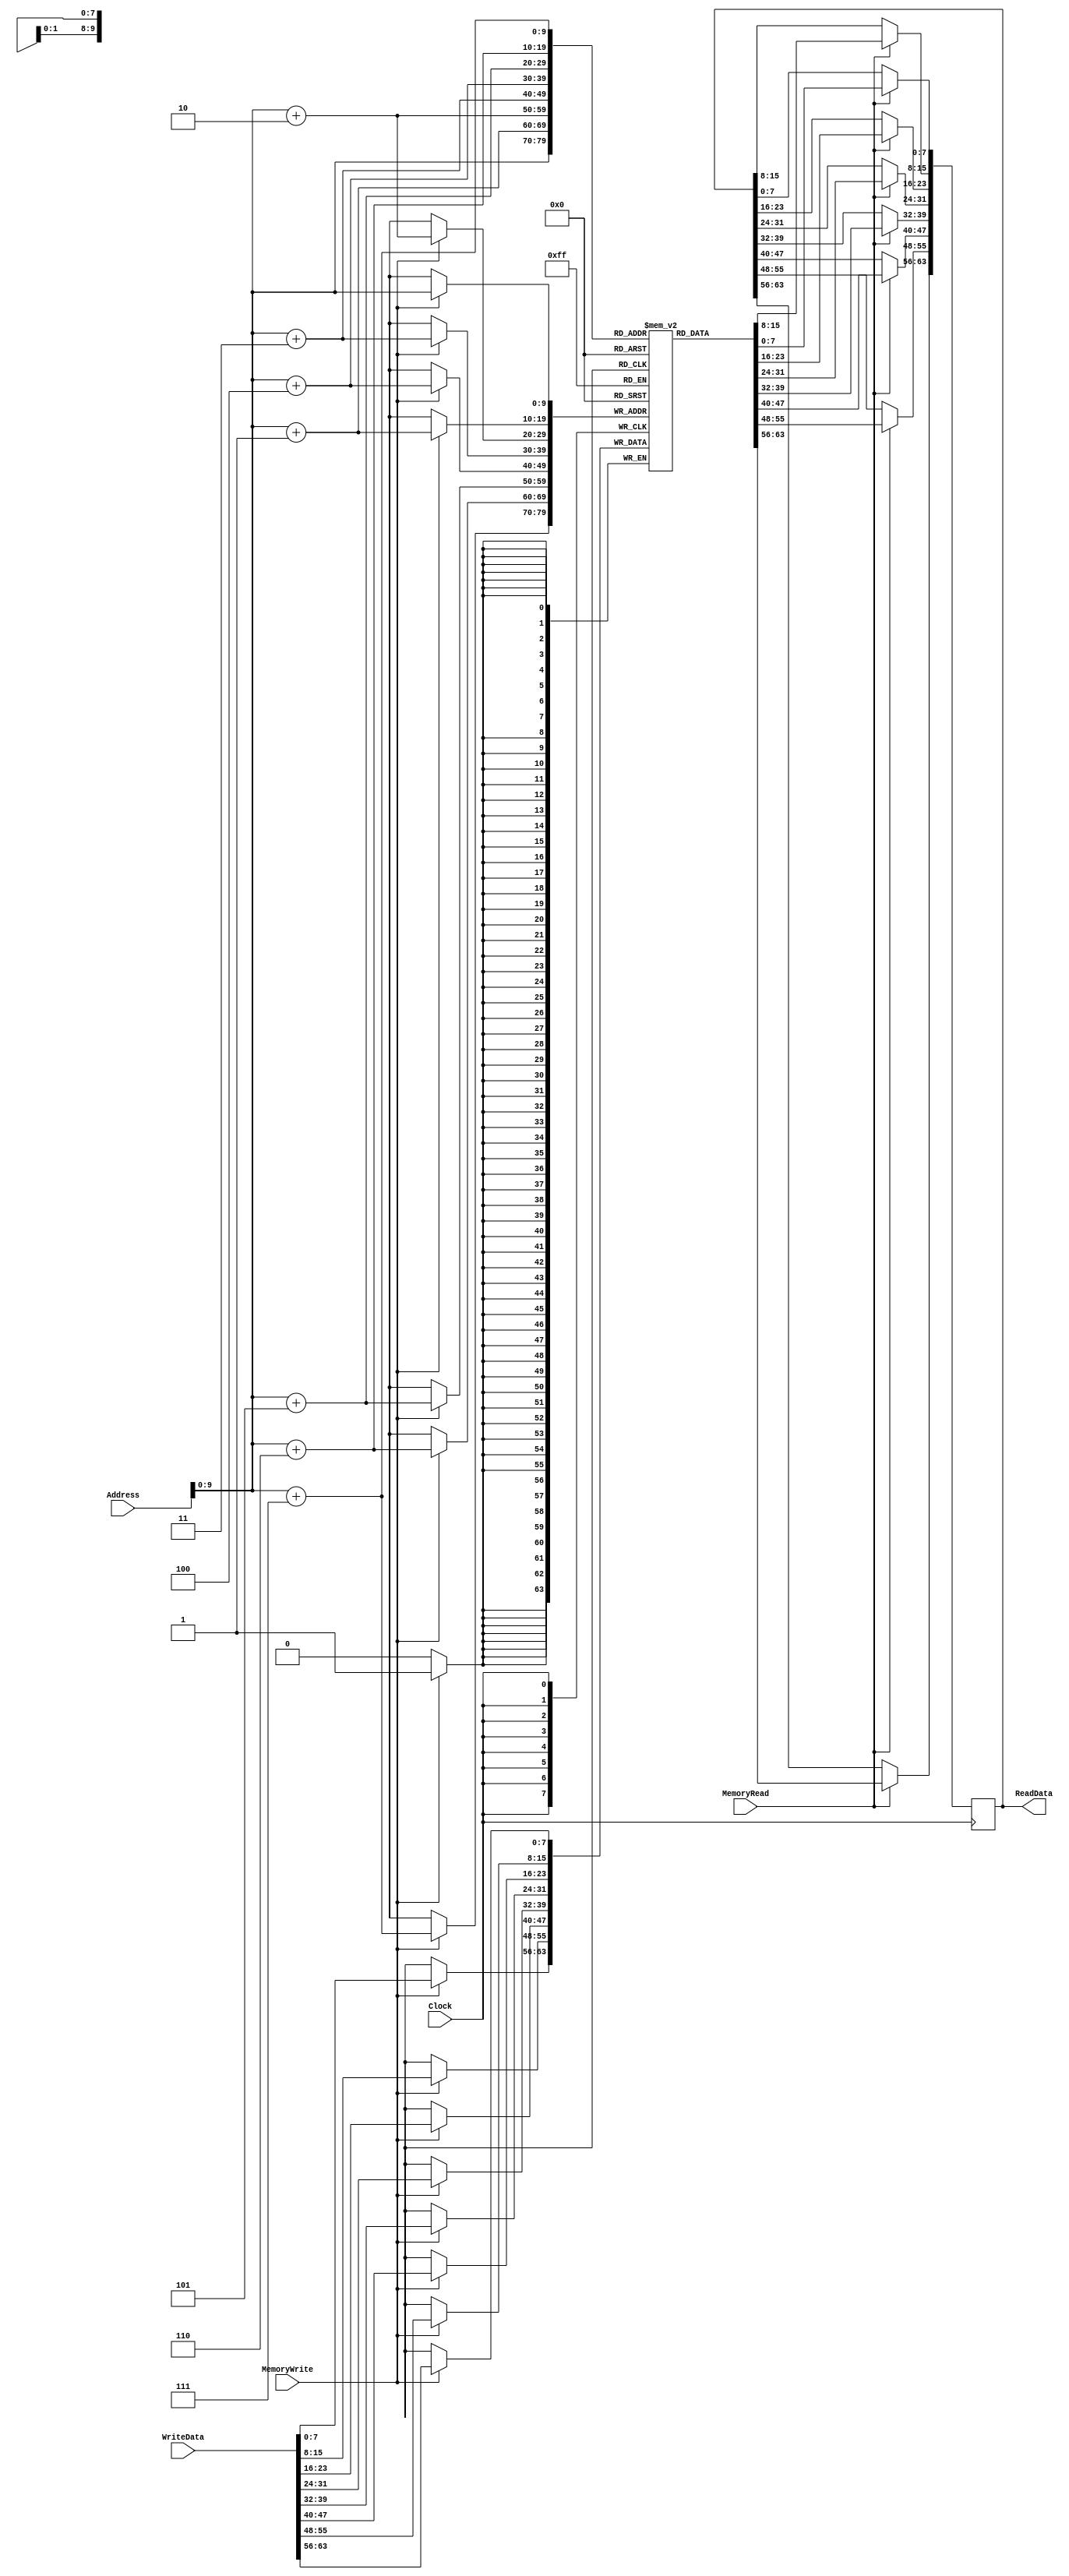
`timescale 1ns / 1ps
//////////////////////////////////////////////////////////////////////////////////
// Company: 
// Engineer: 
// 
// Design Name: 
// Module Name:    MEM 
// Project Name: 
// Target Devices: 
// Tool versions: 
// Description: 
//
// Dependencies: 
//
// Revision: 
// Revision 0.01 - File Created
// Additional Comments: 
//
// This memory supports 64-bit writes, nonaligned.  Addresses are
// byte-addressable in big-endian fashion. Initial block sets up some
// initial data values.
//////////////////////////////////////////////////////////////////////////////////

`define SIZE 1024


module DataMemory(ReadData , Address , WriteData , MemoryRead , MemoryWrite , Clock);
   input [63:0] WriteData;
   input [63:0] Address;
   input 	Clock,MemoryRead,MemoryWrite;
   output reg [63:0] ReadData;
   
   reg [7:0] 	     memBank[`SIZE-1:0];


   // This task is used to write arbitrary data to the Data Memory by
   // the intialization block.
   task initset;
      input [63:0] addr;
      input [63:0] data;
      begin
	 memBank[addr] =  data[63:56] ; // Big-endian for the win...
	 memBank[addr+1] =  data[55:48];
	 memBank[addr+2] =  data[47:40];
	 memBank[addr+3] =  data[39:32];
	 memBank[addr+4] =  data[31:24];
	 memBank[addr+5] =  data[23:16];
	 memBank[addr+6] =  data[15:8];
	 memBank[addr+7] =  data[7:0];
      end
   endtask
     
	     
   initial
     begin
	// preseting some data in the data memory used by test #1

	// Address 0x0 gets 0x1
	initset( 64'h0,  64'h1);  //Counter variable
	initset( 64'h8,  64'ha);  //Part of mask
	initset( 64'h10, 64'h5);  //Other part of mask
	initset( 64'h18, 64'h0ffbea7deadbeeff); //big constant
	initset( 64'h20, 64'h0); //clearing space

	// Add any data you need for your tests here.
	 
     end
	
   // This always block reads the data memory and places a double word
   // on the ReadData bus.
   always @(posedge Clock)
     begin
	if(MemoryRead)
	  begin
	     ReadData[63:56] <= #20 memBank[Address];
	     ReadData[55:48] <= #20 memBank[Address+1];
	     ReadData[47:40] <= #20 memBank[Address+2];
	     ReadData[39:32] <= #20 memBank[Address+3];
	     ReadData[31:24] <= #20 memBank[Address+4];
	     ReadData[23:16] <= #20 memBank[Address+5];
	     ReadData[15:8] <= #20 memBank[Address+6];
	     ReadData[7:0] <= #20 memBank[Address+7];
	     $display("reading Address:%h Data:%h",Address, ReadData);
	  end
     end

   // This always block takes data from the WriteData bus and writes
   // it into the DataMemory.
   always @(posedge Clock)
     begin
	if(MemoryWrite)
	  begin
	     memBank[Address] <= #20 WriteData[63:56] ;
	     memBank[Address+1] <= #20 WriteData[55:48];
	     memBank[Address+2] <= #20 WriteData[47:40];
	     memBank[Address+3] <= #20 WriteData[39:32];
	     memBank[Address+4] <= #20 WriteData[31:24];
	     memBank[Address+5] <= #20 WriteData[23:16];
	     memBank[Address+6] <= #20 WriteData[15:8];
	     memBank[Address+7] <= #20 WriteData[7:0];
	     // Could be useful for debugging:
	      $display("Writing Address:%h Data:%h",Address, WriteData);
	     
	  end
     end
endmodule